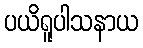
ပယိရူပါသနာယ